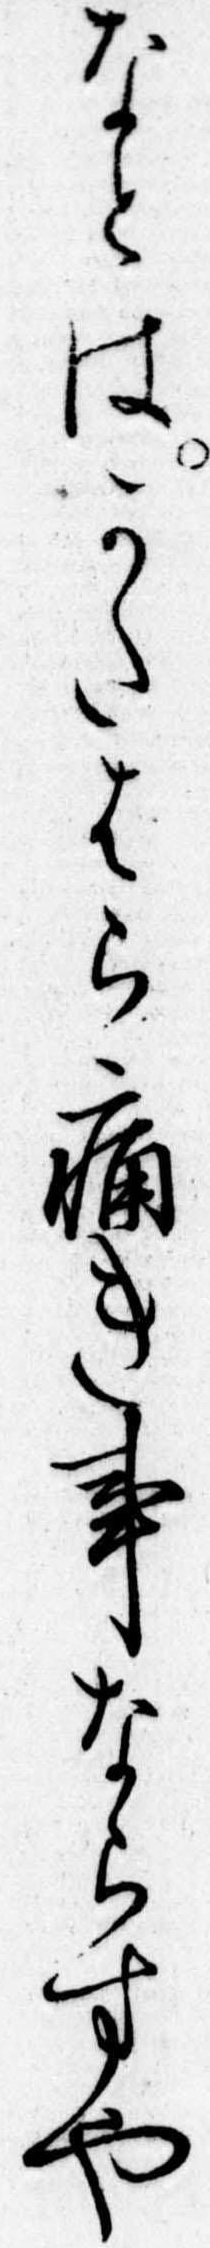
なとはかたはら痛き事ならすや